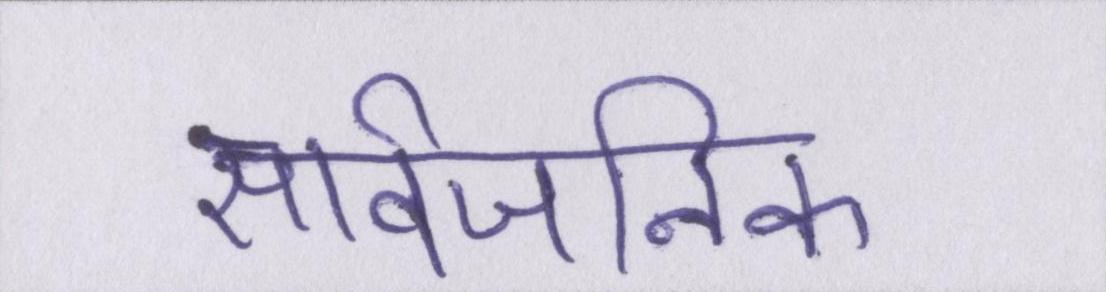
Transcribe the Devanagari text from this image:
सार्वजनिक